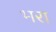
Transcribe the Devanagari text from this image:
भ्‍ारा